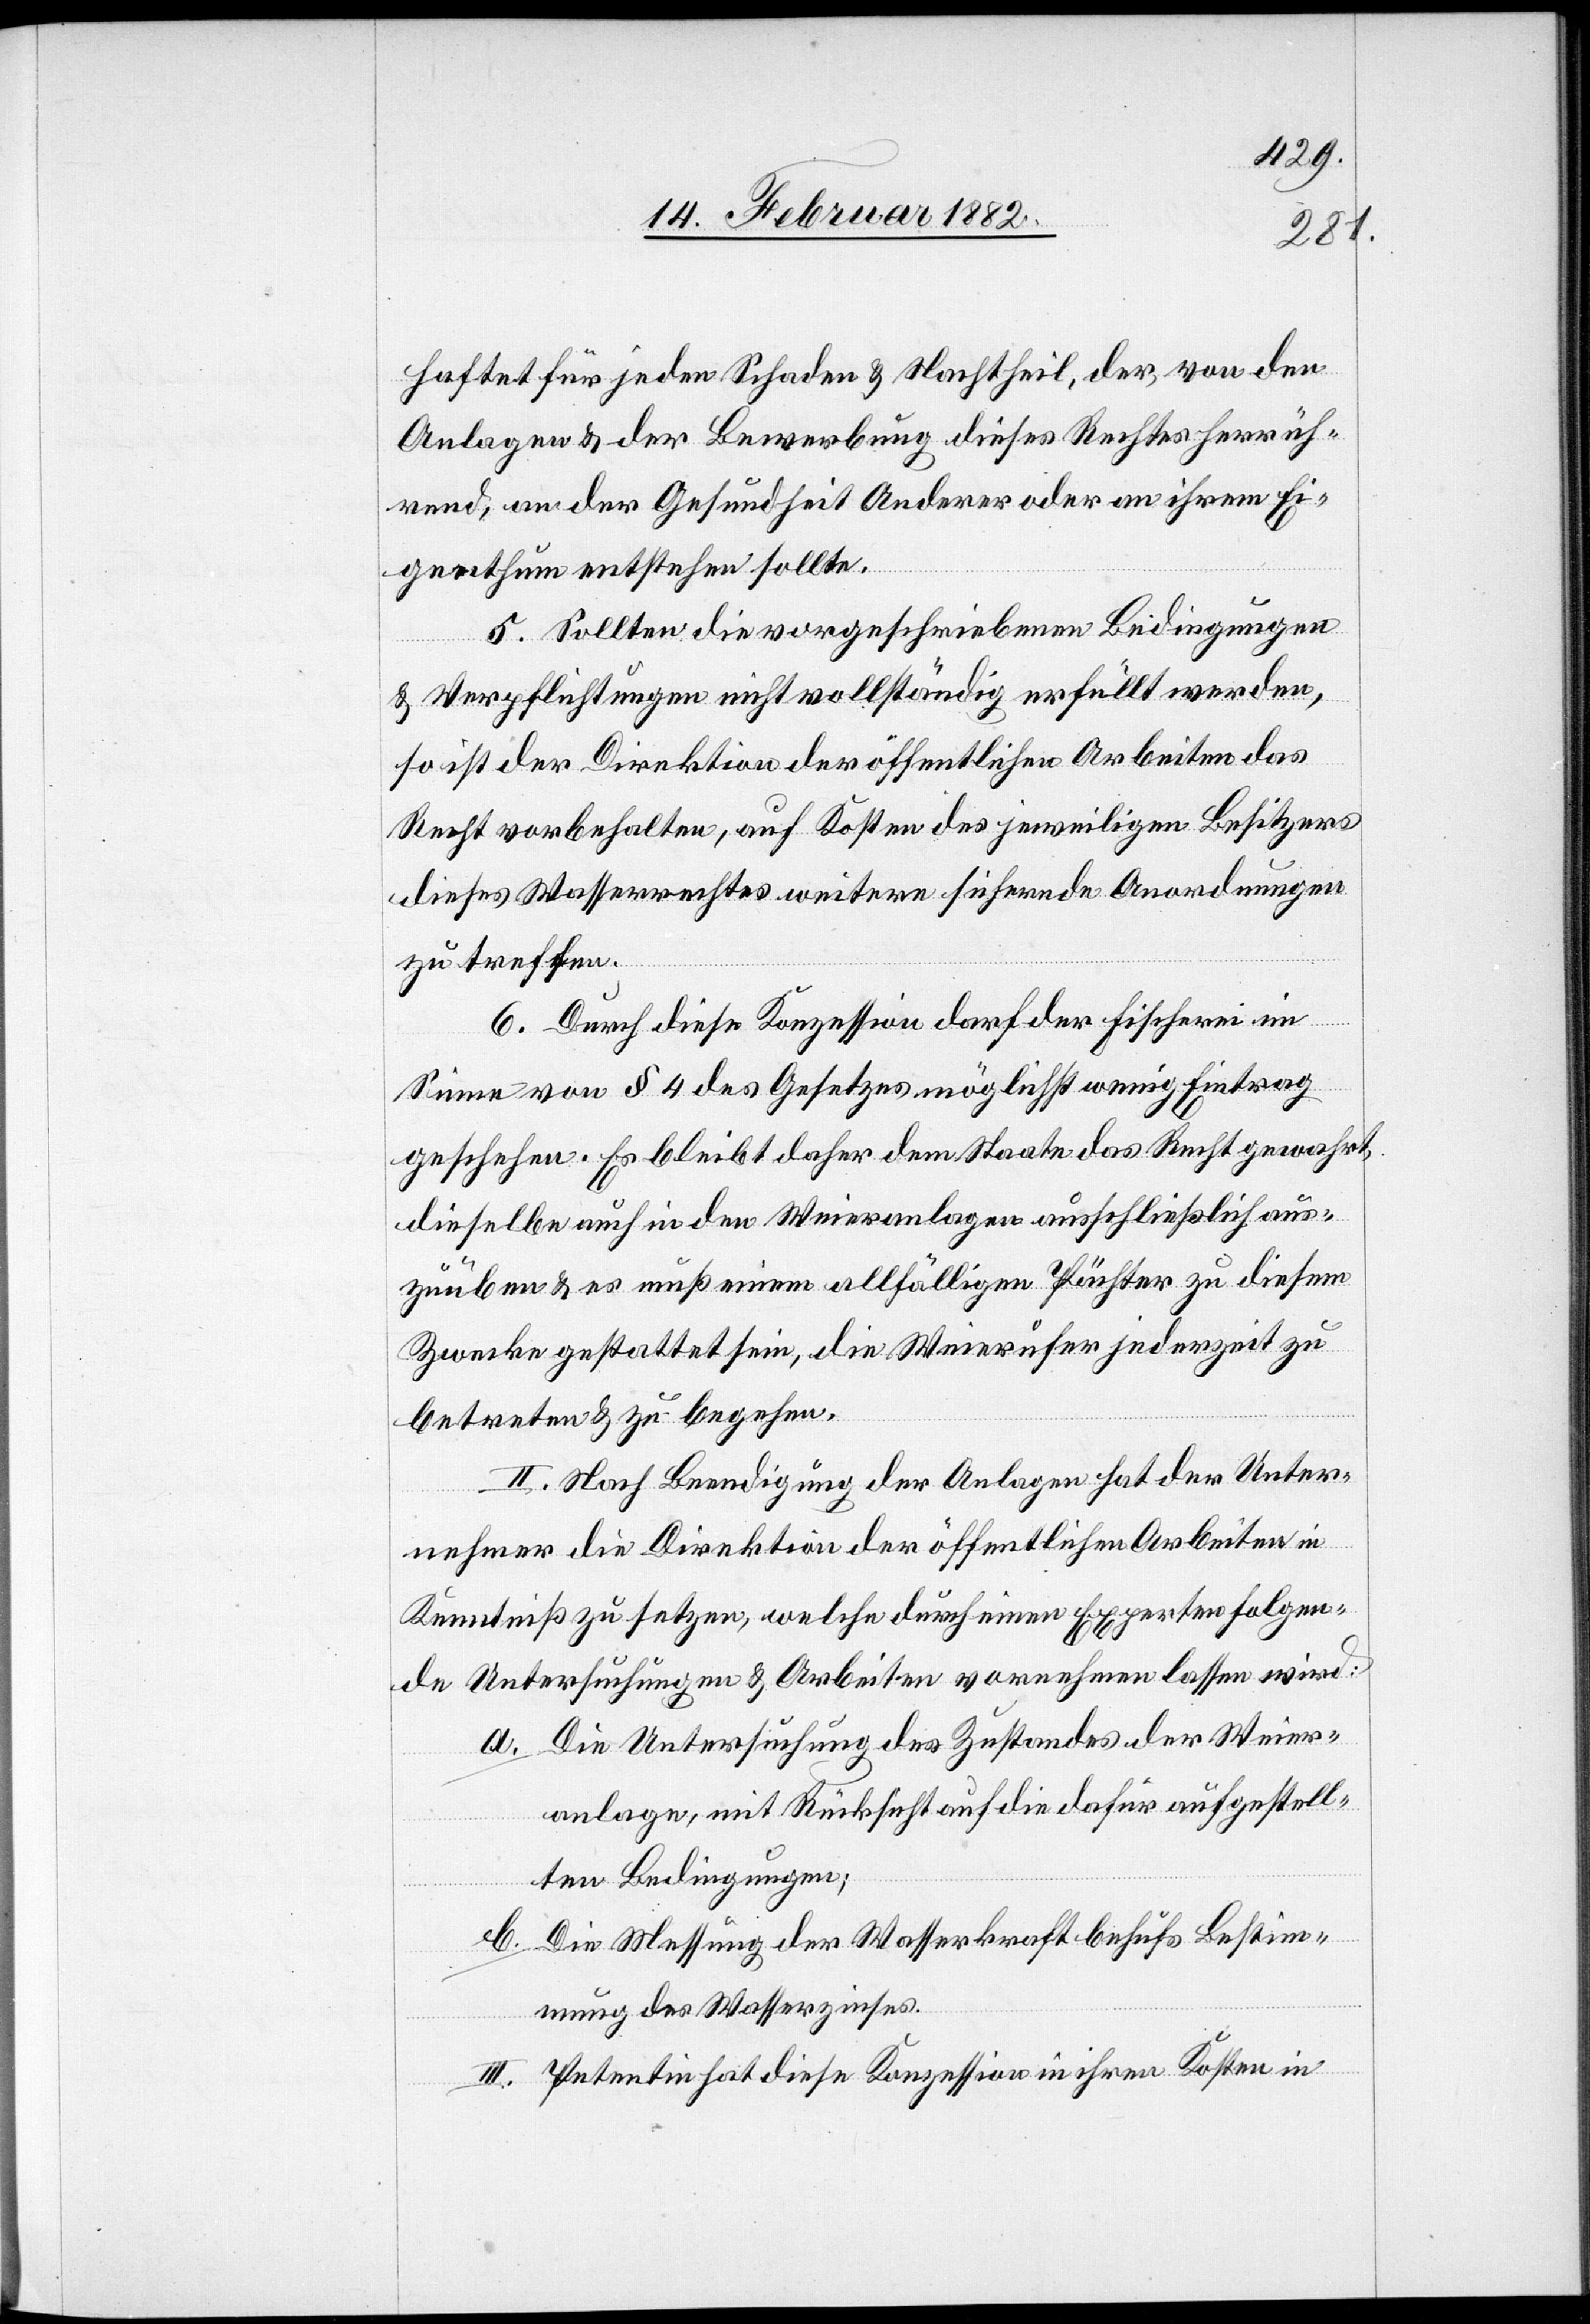
haftet für jeden Schaden & Nachtheil, der, von den
Anlagen & der Bewerbung dieses Rechtes herrüh¬
renden, an der Gesundheit Anderer oder an ihrem Ei¬
genthum entstehen sollte.
5. Sollten die vorgeschriebenen Bedingungen
& Verpflichtungen nicht vollständig erfüllt werden,
so ist der Direktion der öffentlichen Arbeiten das
Recht vorbehalten, auf Kosten des jeweiligen Besitzers
dieses Wasserrechts weitere sichernde Anordnungen
zu treffen.
6. Durch diese Konzession darf der Fischerei im
Sinne von § 4 des Gesetzes möglichst wenig Eintrag
geschehen. Es bleibt daher dem Staate das Recht gewahrt,
dieselbe auch in den Weieranlagen ausschließlich aus¬
zuüben & es muß einen allfälligen Pächter zu diesem
Zwecke gestattet sein, die Weierufer jederzeit zu
betreten & zu begehen.
III. Nach Beendigung der Anlage hat der Unter¬
nehmer die Direktion der öffentlichen Arbeiten in
Kenntniß zu setzen, welche durch einen Experten folgen¬
de Untersuchungen & Arbeiten vornehmen lassen wird:
a. Die Untersuchung des Zustandes der Weier¬
anlage, mit Rücksicht auf die dafür aufgestell¬
ten Bedingungen;
b. Die Messung der Wasserkraft behufs Bestim¬
mung des Wasserzinses.
II. Petentin hat diese Konzession in ihren Kosten in